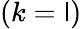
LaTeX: (k=\mathsf{l})